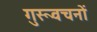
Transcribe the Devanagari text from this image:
गुरूवचनों